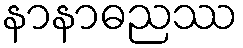
နာနာဓညဿ